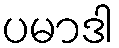
ပမာဒါ